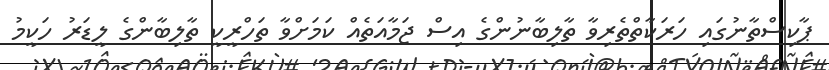
ޕާކިސްތާނުގައި ހަރަކާތްތެރިވާ ތާލިބާނުންގެ އިސް ޖަމާއަތެއް ކަމަށްވާ ތަހްރީކީ ތާލިބާންގެ ލީޑަރު ހަކީމު